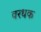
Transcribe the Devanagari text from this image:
वरधक